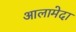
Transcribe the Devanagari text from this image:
आलामेदा